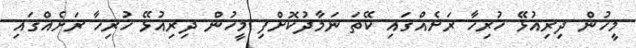
މީހުން ދިރިއުޅޭ ހުރިހާ ރަށެއްގައި ކޭތަ ނަމާދުކޮށްފި މީހުން ދިރިއުޅޭ ހުރިހާ ރަށެއްގައި